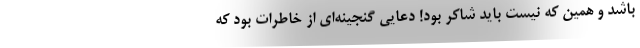
باشد و همین که نیست باید شاکر بود! دعایی گنجینه‌ای از خاطرات بود که